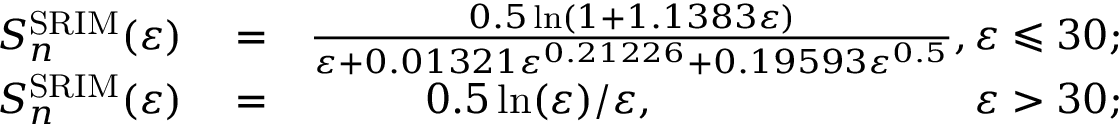
\begin{array} { r l r } { S _ { n } ^ { \mathrm { S R I M } } ( \varepsilon ) } & { { } = } & { \frac { 0 . 5 \ln ( 1 + 1 . 1 3 8 3 \varepsilon ) } { \varepsilon + 0 . 0 1 3 2 1 \varepsilon ^ { 0 . 2 1 2 2 6 } + 0 . 1 9 5 9 3 \varepsilon ^ { 0 . 5 } } , \varepsilon \leqslant 3 0 ; } \\ { S _ { n } ^ { \mathrm { S R I M } } ( \varepsilon ) } & { { } = } & { 0 . 5 \ln ( \varepsilon ) / \varepsilon , \phantom { 3 . 5 \ln ( \varepsilon ) / \varepsilon \ln ( \varepsilon ) } \varepsilon > 3 0 ; } \end{array}